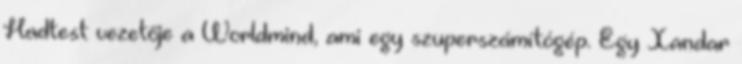
Hadtest vezetője a Worldmind, ami egy szuperszámítógép. Egy Xandar